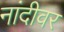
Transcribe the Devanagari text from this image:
नांदीवर